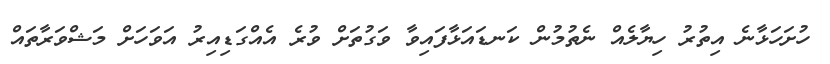
ހުށަހަޅާނެ އިތުރު ހިޔާލެއް ނެތުމުން ކަނޑައަޅާފައިވާ ވަގުތަށް ވުރެ އެއްގަޑިއިރު އަވަހަށް މަޝްވަރާތައް